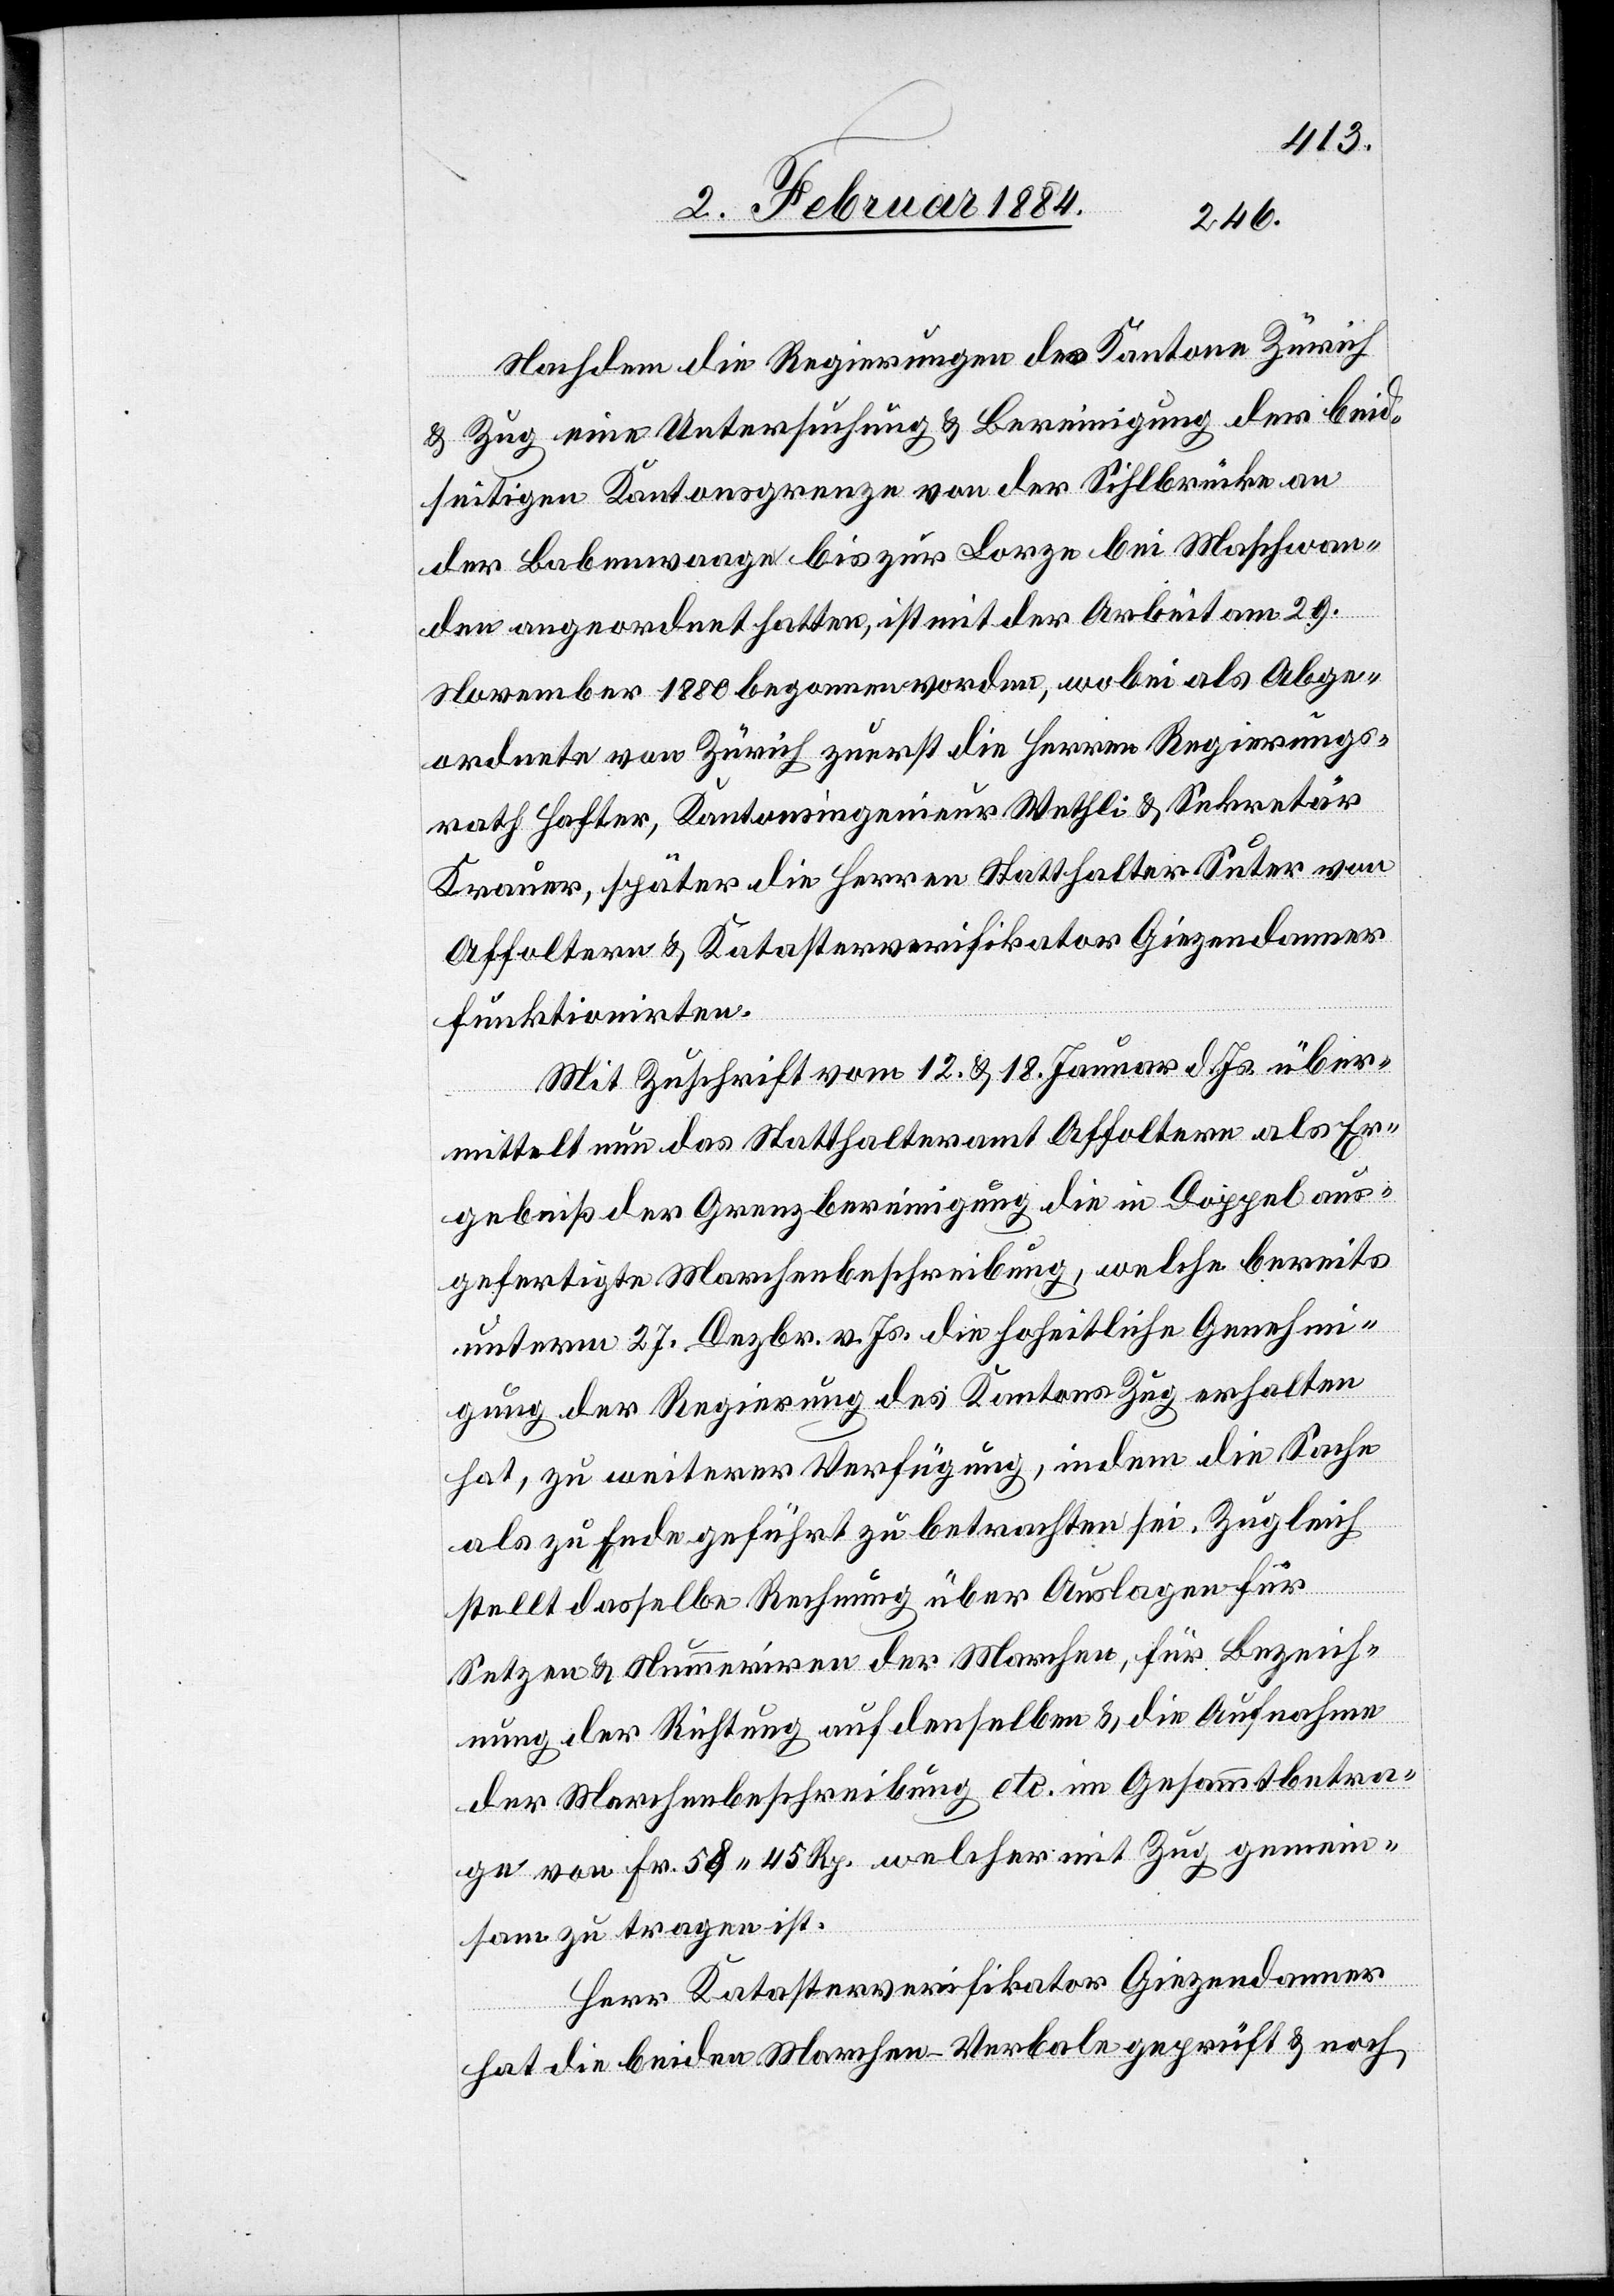
Nachdem die Regierungen des Kanton Zürich
& Zug eine Untersuchung & Vereinigung der beid¬
seitigen Kantonsgrenzen von der Sohlbrücke an
der Babenwaage bis zur Lorze bei Maschwan¬
den angeordnet hatten, ist mit der Arbeit am 29.
November 1880 begonnen worden, wobei als Abge¬
ordnete von Zürich zuerst die Herren Regierungs¬
rath Hafter, Kantonsingenieur Wethli & Sekretär
Krauer, später die Herren Statthalter Suter von
Affoltern & Katasterverifikator Giezendanner
funktionirten.
Mit Zuschrift vom 12. & 18. Januar d. Js. über¬
mittelt nun das Statthalteramt Affoltern als Er¬
gebniß der Grenzbereinigung die in Doppel aus¬
gefertigte Marchenbeschreibung, welche bereits
unterm 27. Dezbr. v. Js. die hoheitliche Genehmi¬
gung der Regierung des Kantons Zug erhalten
hat, zu weiterer Verfügung, indem die Sache
als zu Ende geführt zu betrachten sei. Zugleich
stellt dasselbe Rechnung über Auslagen für
Setzen & Nummeriren der Marchen, für Bezeich¬
nung der Richtung auf denselben & die Aufnahme
der Marchenbeschreibung etc. im Gesammtbetra¬
ge von Fr. 58 45 Rp. welcher mit Zug gemein¬
sam zu tragen ist.
Herr Katasterverifikator Giezendanner
hat die beiden Marchen-Verbale geprüft & noch